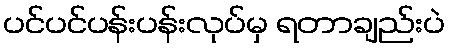
ပင်ပင်ပန်းပန်းလုပ်မှ ရတာချည်းပဲ